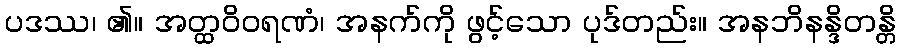
ပဒဿ၊ ၏။ အတ္ထဝိဝရဏံ၊ အနက်ကို ဖွင့်သော ပုဒ်တည်း။ အနဘိနန္ဒိတန္တိ